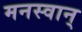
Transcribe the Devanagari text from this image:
मनस्वान्